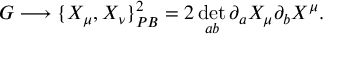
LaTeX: G \longrightarrow \{ X _ { \mu } , X _ { \nu } \} _ { P B } ^ { 2 } = 2 \operatorname * { d e t } _ { a b } \partial _ { a } X _ { \mu } \partial _ { b } X ^ { \mu } .